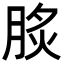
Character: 𦛧